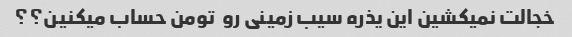
خجالت نمیکشین این یذره سیب زمینی رو  تومن حساب میکنین؟؟